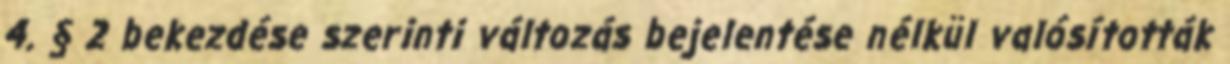
4. § 2 bekezdése szerinti változás bejelentése nélkül valósították